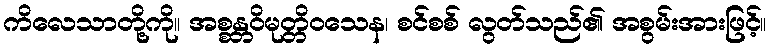
ကိလေသာတို့ကို။ အစ္စန္တဝိမုတ္တိဝသေန၊ စင်စစ် လွတ်သည်၏ အစွမ်းအားဖြင့်။